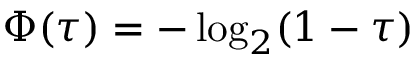
\Phi ( \tau ) = - \log _ { 2 } ( 1 - \tau )